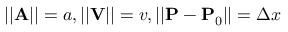
| | \mathbf { A } | | = a , | | \mathbf { V } | | = v , | | \mathbf { P } - \mathbf { P } _ { 0 } | | = \Delta x